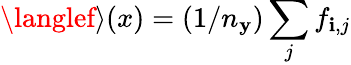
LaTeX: \langlef\rangle(x)=(1/n_{\mathbf{y}})\sum_{j}f_{\mathbf{i},j}